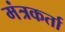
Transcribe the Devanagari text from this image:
मंत्रकर्ता